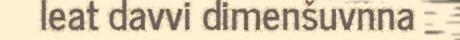
leat davvi dimenšuvnna